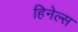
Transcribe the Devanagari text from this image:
हिनेल्स